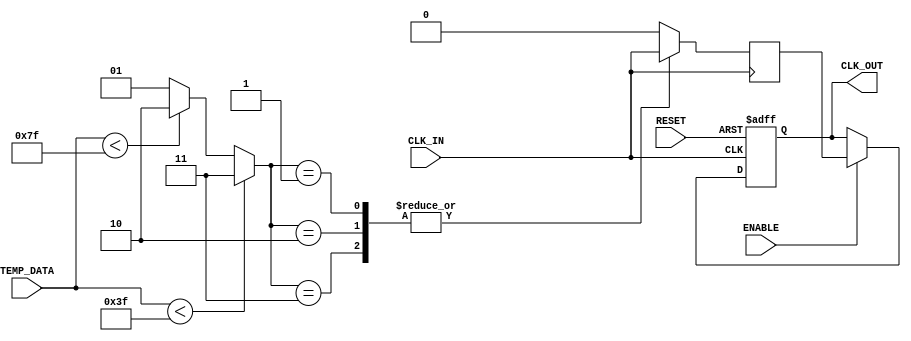
module temp_comp_clock_buffer (
    input wire CLK_IN,          // Input clock signal
    input wire [7:0] TEMP_DATA, // Temperature sensor data (example: 8-bit)
    input wire ENABLE,          // Enable control for the buffer
    input wire RESET,           // Reset control
    output reg CLK_OUT          // Buffered clock signal
);

    // Parameter definitions
    parameter TEMP_MIN       = 8'd0;   // Minimum temperature value
    parameter TEMP_MAX       = 8'd255; // Maximum temperature value
    parameter DRIVE_STRONG   = 2'b11;   // Strong drive setting
    parameter DRIVE_NORMAL   = 2'b10;   // Normal drive setting
    parameter DRIVE_WEAK     = 2'b01;   // Weak drive setting

    // Internal variables for compensation
    reg [1:0] drive_strength;       // For drive strength control
    reg [1:0] prev_drive_strength;  // For storing the previous drive strength

    // Clock buffer stages
    wire buffered_clk;
    
    // Simple multi-stage buffer mimicking behavior; 
    // replace with your specific buffer models if needed
    always @(posedge CLK_IN or posedge RESET) begin
        if (RESET) begin
            CLK_OUT <= 0;
        end else begin
            if (ENABLE) begin
                CLK_OUT <= buffered_clk; // Output the buffered signal
            end
        end
    end

    // Example of temperature compensation logic
    always @(TEMP_DATA) begin
        if (TEMP_DATA < (TEMP_MIN + TEMP_MAX) / 4) begin
            drive_strength = DRIVE_STRONG;  // Strong drive for low temperature
        end else if (TEMP_DATA < (TEMP_MIN + TEMP_MAX) / 2) begin
            drive_strength = DRIVE_NORMAL;   // Normal drive for mid temperature
        end else begin
            drive_strength = DRIVE_WEAK;     // Weak drive for high temperature
        end
        
        // Monitor for changes in drive strength to mitigate effects
        if (drive_strength != prev_drive_strength) begin
            // Update buffer characteristics (hypothetical)
            // Update drive strength here (e.g., adjust certain parameters)
        end
        
        prev_drive_strength <= drive_strength; // update previous strength
    end

    // Buffered clock generation
    always @(posedge CLK_IN) begin
        // Implement your multi-stage buffer logic here;
        // This is a placeholder illustrating clock behavior adjustment.
        case (drive_strength)
            DRIVE_STRONG: buffered_clk <= CLK_IN; // Strong drive input
            DRIVE_NORMAL: buffered_clk <= CLK_IN; // Normal drive
            DRIVE_WEAK: buffered_clk <= CLK_IN; // Mute effectively (may also employ delay)
            default: buffered_clk <= 0; // Default case
        endcase
    end

endmodule